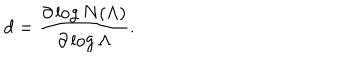
d = \frac { \partial \log N ( \Lambda ) } { \partial \log \Lambda } .